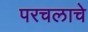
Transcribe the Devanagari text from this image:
परचलाचे